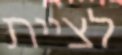
לציית